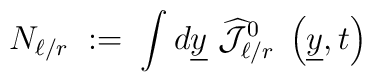
N_{\ell/r} \; :=\; \int d\underline{y}~\widehat{{\mathcal J}}_{\ell/r}^0 \; \left(  \underline{y}, t\right)